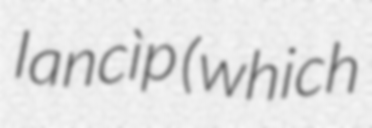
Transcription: lancìp (which